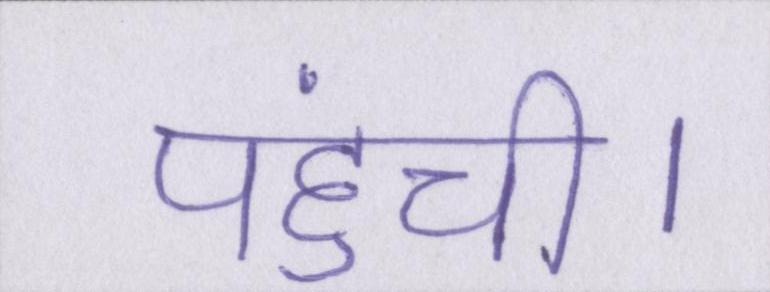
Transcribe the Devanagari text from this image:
पहुंची।